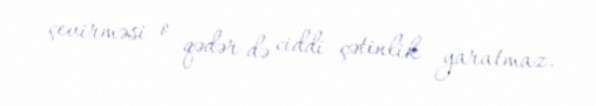
çevirməsi o qədər də ciddi çətinlik yaratmaz.